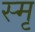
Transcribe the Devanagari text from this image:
स्मृ